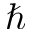
\hbar